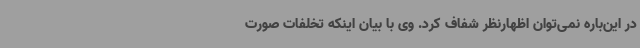
در این‌باره نمی‌توان اظهارنظر شفاف کرد. وی با بیان اینکه تخلفات صورت